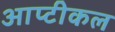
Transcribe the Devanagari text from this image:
आप्टीकल